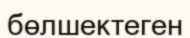
бөлшектеген